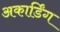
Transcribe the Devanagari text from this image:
अकार्डिंग